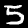
Digit: 5